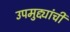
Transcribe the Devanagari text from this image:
उपमुद्द्यांची